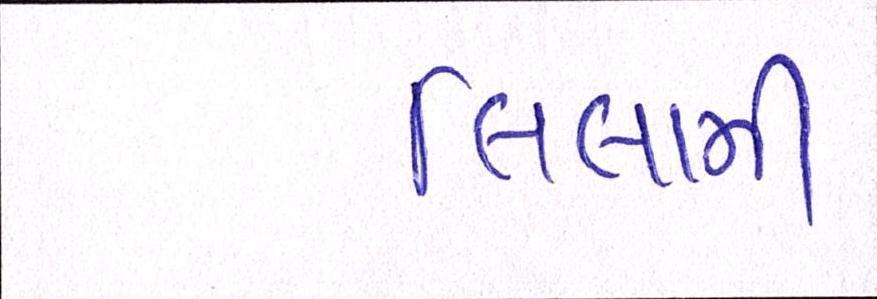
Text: લિલામી